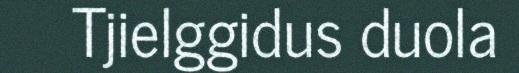
Tjielggidus duola